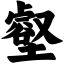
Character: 壑